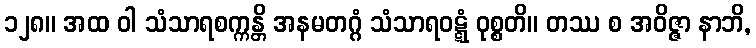
၁၂၈။ အထ ဝါ သံသာရစက္ကန္တိ အနမတဂ္ဂံ သံသာရဝဋ္ဋံ ဝုစ္စတိ။ တဿ စ အဝိဇ္ဇာ နာဘိ,